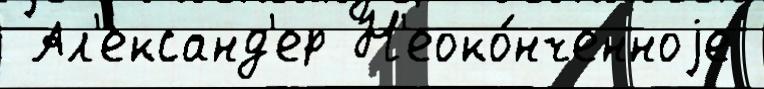
 Ал'ександ'ер Н'еоко́нченноjе